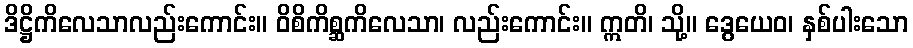
ဒိဋ္ဌိကိလေသာလည်းကောင်း။ ဝိစိကိစ္ဆကိလေသာ၊ လည်းကောင်း။ ဣတိ၊ သို့။ ဒွေယေဝ၊ နှစ်ပါးသော